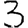
Digit: 3